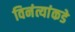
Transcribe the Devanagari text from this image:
विनंत्यांकडे